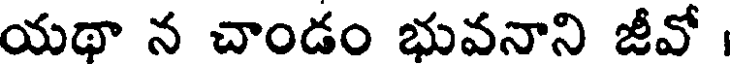
యథా న చాండం భువనాని జీవో